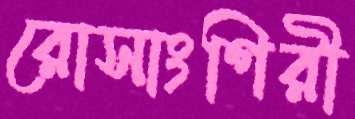
রোসাংগিরী